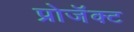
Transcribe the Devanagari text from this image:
प्रोजॅक्ट